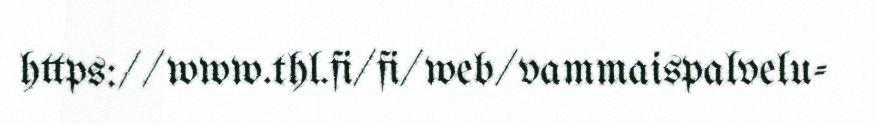
https://www.thl.fi/fi/web/vammaispalvelu-